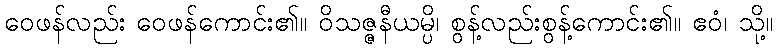
ဝေဖန်လည်း ဝေဖန်ကောင်း၏။ ဝိသဇ္ဇနီယမ္ပိ၊ စွန့်လည်းစွန့်ကောင်း၏။ ဧဝံ၊ သို့။